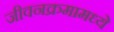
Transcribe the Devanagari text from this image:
जीवनक्रमामध्ये